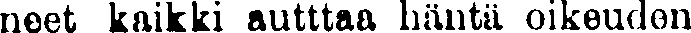
neet Kaikki auttaa häntä oikeuden